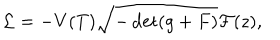
LaTeX: { \cal L } = - V ( T ) \sqrt { - \det ( g + F ) } { \cal F } ( z ) ,